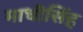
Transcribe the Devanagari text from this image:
माधॊसिंह